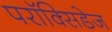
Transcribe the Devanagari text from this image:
परॉक्सिडेज